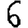
Digit: 6